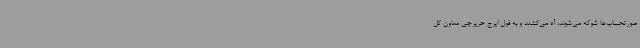
صورتحساب‌ها شوکه می‌شوند،‌ آه می‌کشند و به قول ایرج حریرچی معاون کل